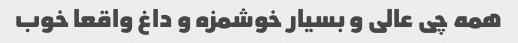
همه چی عالی و بسیار خوشمزه و داغ واقعا خوب